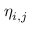
\eta _ { i , j }